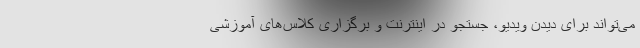
می‌تواند برای دیدن ویدیو، جستجو در اینترنت و برگزاری کلاس‌های آموزشی